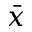
\Bar { x }